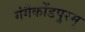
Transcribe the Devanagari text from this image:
गंगैकोंडपुरम्